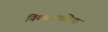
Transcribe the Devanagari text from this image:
नियमावलियां